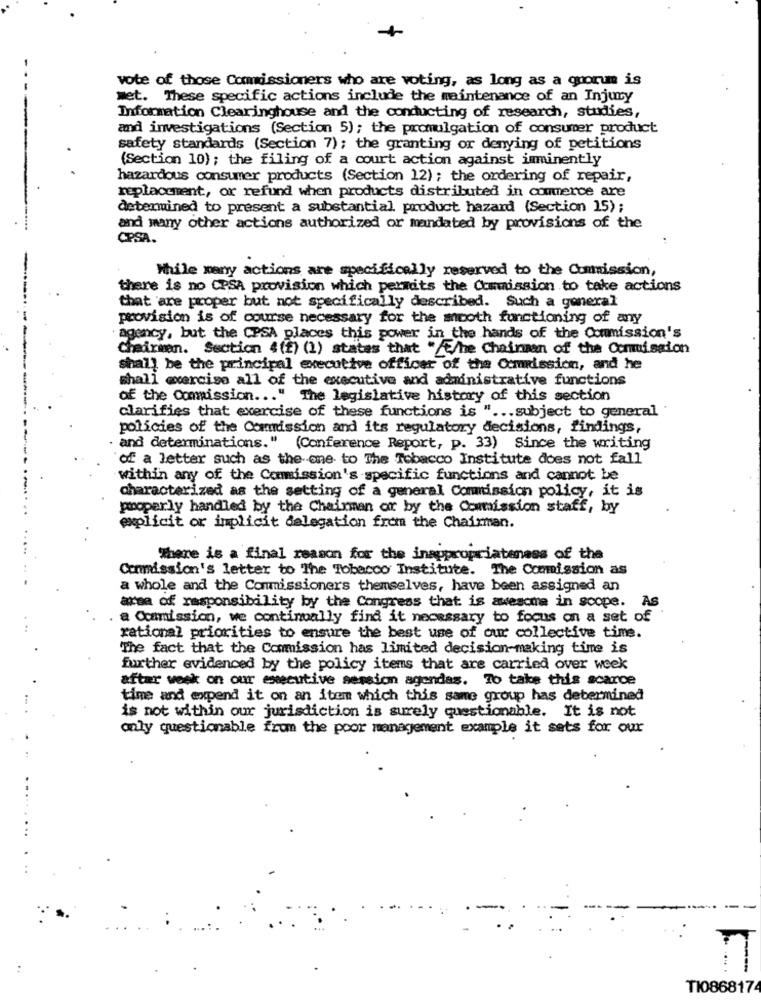
vote of those Commissioners who are voting, as long as a quonum is
met. These specific actions include the maintenance of an Injury
Information Clearinghouse and the conducting of research, studies,
and investigations (Section 5); the promulgation of consumer product
safety standards (Section 7); the granting or denying of petitions
(Section 10) ; the filing of a court action against imminently
hazardous consumer products (Section 12) ; the ordering of repair,
replacement, or refund when products distributed in commerce are
determined to present a substantial product hazard (Section 15);
and many other actions authorized or mandated by provisions of the
CPSA.
While many actions are specifically reserved to the Commission,
there is no CPSA provision which permits the Commission to take actions
that are proper but not specifically described. Such a general
provision is of course necessary for the mooth functioning of any
agency, but the CPSA places this power in the hands of the Commission's
Chairman. Section 4(f) (1) states that "E/he Chainnen of the Commission
shall be the principal executive officer of the Commission, and he
shall exercise all of the executive and administrative functions
of the Commission ... " The legislative history of this section
clarifies that exercise of these functions is " ... subject to general
policies of the Commission and its regulatory decisions, findings,
. and determinations." (Conference Report, p. 33) Since the writing
of a letter such as the one to The Tobacco Institute does not fall
within any of the Commission's specific functions and cannot be
characterized as the setting of a general Commission policy, it is
properly handled by the Chairman or by the Commission staff, by
explicit or implicit delegation from the Chairman.
There is a final reason for the inappropriateness of the
Commission's letter to The Tobacco Institute. The Commission as
a whole and the Commissioners themselves, have been assigned an
area of responsibility by the Congress that is awesome in scope. As
a Ocamission, we continually find it necessary to focus on a set of
rational priorities to ensure the best use of our collective time.
The fact that the Commission has limited decision-making time is
further evidenced by the policy items that are carried over week
after week on our executive session agendas. To take this scarce
time and expend it on an item which this same group has determined
is not within our jurisdiction is surely questionable. It is not
only questionable from the poor management example it sets for our
TI086817